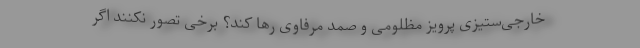
خارجی‌ستیزیِ پرویز مظلومی و صمد مرفاوی رها کند؟ برخی تصور نکنند اگر